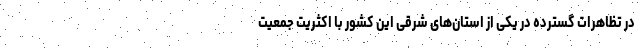
در تظاهرات گسترده در یکی از استان‌های شرقی این کشور با اکثریت جمعیت